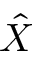
\hat { X }